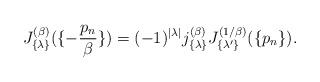
LaTeX: \begin{align*}J_{\{ \lambda \} }^{(\beta)}( \{- {p_n \over \beta} \} ) =(-1)^{|\lambda|} j_{\{ \lambda \} }^{(\beta)}J_{\{ \lambda' \} }^{(1/\beta)}( \{p_n \}).\end{align*}